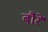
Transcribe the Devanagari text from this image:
बौरे